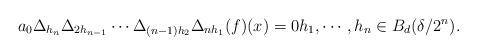
LaTeX: \begin{align*}a_0\Delta_{h_n} \Delta_{2h_{n-1}} \cdots \Delta_{(n-1)h_2} \Delta_{nh_1}(f)(x) =0 h_1,\cdots,h_n\in B_{d}(\delta/2^n).\end{align*}